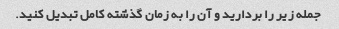
جمله زیر را بردارید و آن را به زمان گذشته کامل تبدیل کنید.